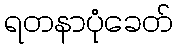
ရတနာပုံခေတ်